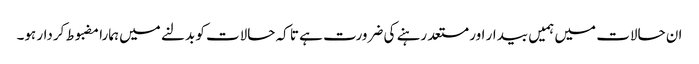
ان حالات میں ہمیں بیدار اور مستعد رہنے کی ضرورت ہے تا کہ حالات کو بدلنے میں ہمارا مضبوط کردار ہو۔